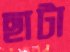
ছাটা